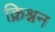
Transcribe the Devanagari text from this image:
क्रिश्नन